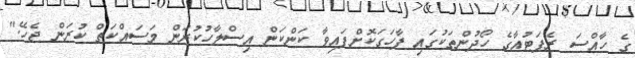
ގެ ހާއްސަ ރެޕަޓުއާގެ ހޯދުންތަކުގައި ފާހަގަކޮށްފައިވާ ކަންކަން އިސްލާހުކުރަން މަސައްކަތް ކުރަން ޖެހޭ."